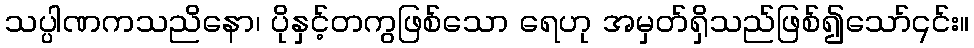
သပ္ပါဏကသညိနော၊ ပိုနှင့်တကွဖြစ်သော ရေဟု အမှတ်ရှိသည်ဖြစ်၍သော်၎င်း။